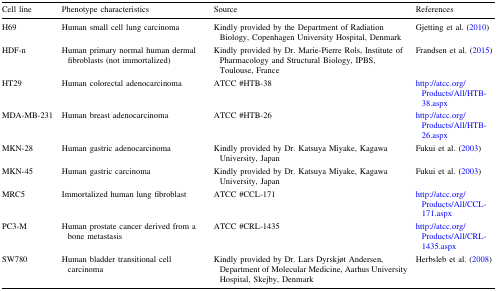
<table><thead><tr><td><b>Cell line</b></td><td><b>Phenotype characteristics</b></td><td><b>Source</b></td><td><b>References</b></td></tr></thead><tbody><tr><td>H69</td><td>Human small cell lung carcinoma</td><td>Kindly provided by the Department of Radiation Biology, Copenhagen University Hospital, Denmark</td><td>Gjetting et al. (2010)</td></tr><tr><td>HDF-n</td><td>Human primary normal human dermal fibroblasts (not immortalized)</td><td>Kindly provided by Dr. Marie-Pierre Rols, Institute of Pharmacology and Structural Biology, IPBS, Toulouse, France</td><td>Frandsen et al. (2015)</td></tr><tr><td>HT29</td><td>Human colorectal adenocarcinoma</td><td>ATCC #HTB-38</td><td>http://atcc.org/Products/All/HTB-38.aspx</td></tr><tr><td>MDA-MB-231</td><td>Human breast adenocarcinoma</td><td>ATCC #HTB-26</td><td>http://atcc.org/Products/All/HTB-26.aspx</td></tr><tr><td>MKN-28</td><td>Human gastric adenocarcinoma</td><td>Kindly provided by Dr. Katsuya Miyake, Kagawa University, Japan</td><td>Fukui et al. (2003)</td></tr><tr><td>MKN-45</td><td>Human gastric carcinoma</td><td>Kindly provided by Dr. Katsuya Miyake, Kagawa University, Japan</td><td>Fukui et al. (2003)</td></tr><tr><td>MRC5</td><td>Immortalized human lung fibroblast</td><td>ATCC #CCL-171</td><td>http://atcc.org/Products/All/CCL-171.aspx</td></tr><tr><td>PC3-M</td><td>Human prostate cancer derived from a bone metastasis</td><td>ATCC #CRL-1435</td><td>http://atcc.org/Products/All/CRL-1435.aspx</td></tr><tr><td>SW780</td><td>Human bladder transitional cell carcinoma</td><td>Kindly provided by Dr. Lars Dyrskjøt Andersen, Department of Molecular Medicine, Aarhus University Hospital, Skejby, Denmark</td><td>Herbsleb et al. (2008)</td></tr></tbody></table>